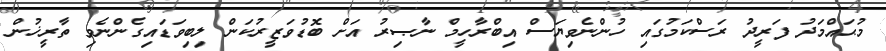
މުޙައްމަދު ފަރީދު ރަސްކަމުގައި ހުންނެވިޔަސް އިބްރާހީމް ނާޞިރު އަށް ބޮޑުވަޒީރުކަން ލިބިވަޑައިގެންނެވި ތާރީޚުން